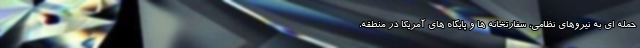
حمله ای به نیروهای نظامی، سفارتخانه ها و پایگاه های آمریکا در منطقه،